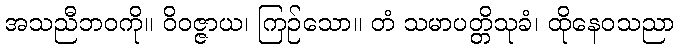
အသညီဘဝကို။ ဝိဝဇ္ဇာယ၊ ကြဉ်သော။ တံ သမာပတ္တိသုခံ၊ ထိုနေဝသညာ